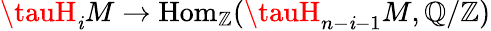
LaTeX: \tauH_{\mathit{i}}M\to\mathrm{{Hom}}_{\mathbb{{Z}}}(\tauH_{n-\mathit{i}-1}M,\mathbb{{Q}}/\mathbb{{Z}})